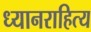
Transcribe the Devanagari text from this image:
ध्यानराहित्य